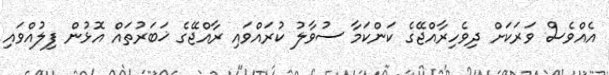
އެއްވެސް ވަރަކަށް ދިވެހިރާއްޖޭގެ ކަންކަމާ ސުވާލު ކުރައްވައި ރާއްޖޭގެ ޚަބަރުތައް އޮޅުން ފިލުއްވައި